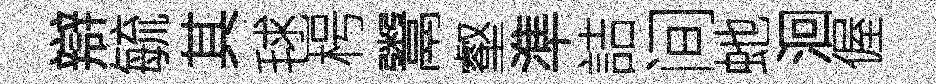
辯毓其毬枵鬻壑準詰间虵洄偓